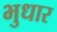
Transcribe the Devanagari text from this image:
भुधार